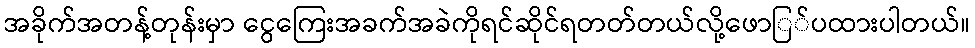
အခိုက်အတန့်တုန်းမှာ ငွေကြေးအခက်အခဲကိုရင်ဆိုင်ရတတ်တယ်လို့ဖောြ်ပထားပါတယ်။